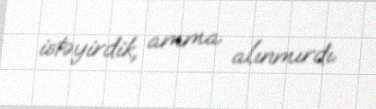
istəyirdik, amma alınmırdı.